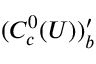
( C _ { c } ^ { 0 } ( U ) ) _ { b } ^ { \prime }